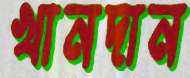
খানদান